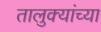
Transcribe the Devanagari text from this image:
तालुक्‍यांच्या